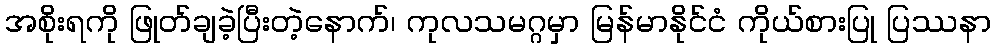
အစိုးရကို ဖြုတ်ချခဲ့ပြီးတဲ့နောက်၊ ကုလသမဂ္ဂမှာ မြန်မာနိုင်ငံ ကိုယ်စားပြု ပြဿနာ